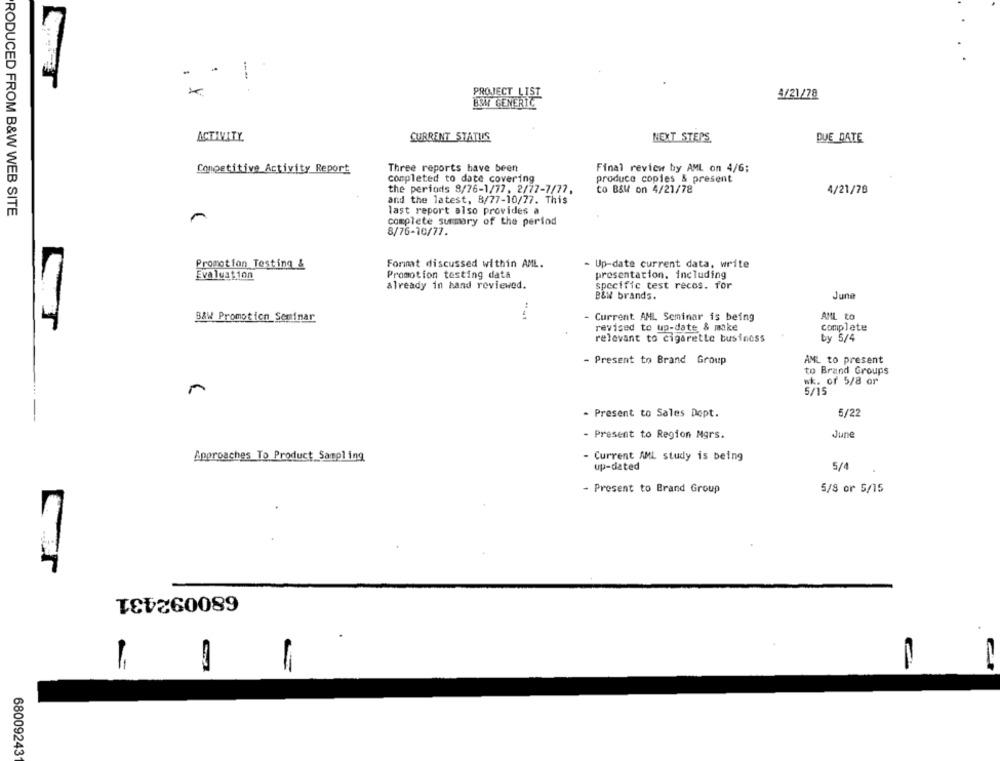
PROJECT LIST
4/21/78
BWM GENERIC
ACTIVITY.
CURRENT STATILS
NEXT STEPS.
DUE DATE
Three reports have been
Final review by AML on 4/6;
Competitive Activity Report
completed to date covering
produce copies & present
the periods 8/76-1/77, 2/77-7/77,
to B&W on 4/21/78
4/21/78
and the latest, 8/77-10/77. This
RODUCED FROM B&W WEB SITE
last report also provides a
complete summary of the period
8/76-10/77.
Promotion Testing &
Format discussed within AML.
- Up-date current data, write
Evaluation
Promotion testing data
presentation. including
already in hand reviewed.
specific test recos. for
B&W brands.
June
B&W Promotion Seminar
- Current AML Seminar is being
AML to
revised to up-date & mike
complete
relevant to cigarette business
by 5/4
- Present to Brand Group
AML to present
to Brand Groups
wk. or 5/8 or
5/15
- Present to Sales Dept.
5/22
- Present to Region Mgrs.
June
Approaches To Product Sampl ing
- Current AML study is being
up-dated
5/4
5/8 or 5/15
- Present to Brand Group
TEVE60089
68009243